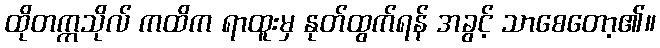
ထိုတက္ကသိုလ် ကထိက ရာထူးမှ နုတ်ထွက်ရန် အခွင့် သာစေတော့၏။